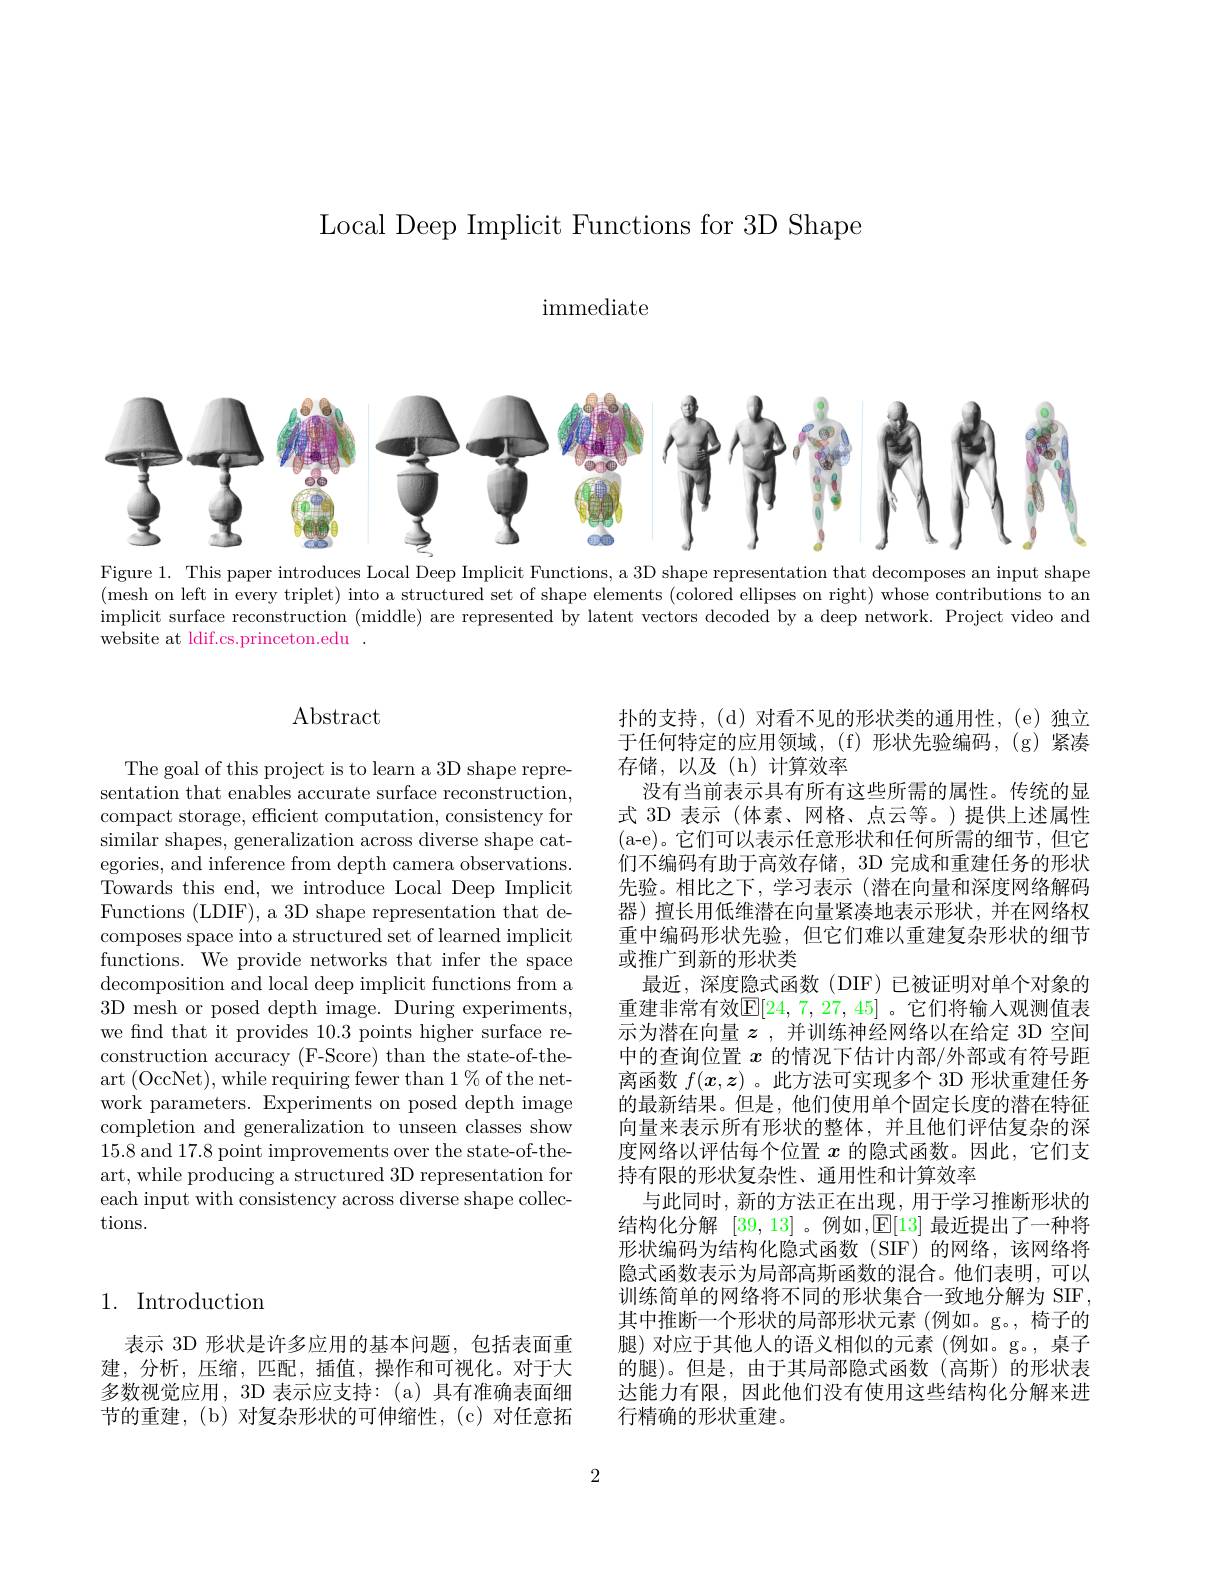
Local Deep Implicit Functions for 3D Shape

${\mathrm{immediate}}$

<FigureHere>

Figure 1. This paper introduces Local Deep Implicit Functions, a 3D shape representation that decomposes an input shape (mesh on left in every triplet) into a structured set of shape elements (colored ellipses on right) whose contributions to an implicit surface reconstruction ( middle) are represented by latent vectors decoded by a deep network. Project video and website at ldif.cs.princeton.edu

# $\operatorname{Abstract}$

The goal of this project is to learn a 3D shape representation that enables accurate surface reconstruction, compact storage, efficient computation, consistency for similar shapes, generalization across diverse shape categories, and inference from depth camera observations. Towards this end, we introduce Local Deep Implicit Functions (LDIF), a 3D shape representation that decomposes space into a structured set of learned implicit functions. We provide networks that infer the space decomposition and local deep implicit functions from a 3D mesh or posed depth image. During experiments, we find that it provides 10.3 points higher surface reconstruction accuracy (F-Score) than the state-of-theart (OccNet),while requiring fewer than $1\%$of the network parameters. Experiments on posed depth image completion and generalization to unseen classes show 15.8 and 17.8 point improvements over the state-of-theart, while producing a structured 3D representation for each input with consistency across diverse shape collections.

扑的支持，(d)对看不见的形状类的通用性，(e)独立于任何特定的应用领域，(f)形状先验编码，(g)紧凑存储，以及(h)计算效率
没有当前表示具有所有这些所需的属性。传统的显式 3D 表示 (体素、网格、点云等。)提供上述属性(a-e)。它们可以表示任意形状和任何所需的细节，但它们不编码有助于高效存储，3D 完成和重建任务的形状先验。相比之下，学习表示(潜在向量和深度网络解码器) 擅长用低维潜在向量紧凑地表示形状，并在网络权重中编码形状先验，但它们难以重建复杂形状的细节或推广到新的形状类
最近，深度隐式函数(DIF)已被证明对单个对象的重建非常有效$\mathbb{E}[24,7,27,45]$。它们将输入观测值表示为潜在向量$z$ ,并训练神经网络以在给定 3D 空间中的查询位置$x$的情况下估计内部/外部或有符号距离函数$f(x,z)$ 。此方法可实现多个 3D 形状重建任务的最新结果。但是，他们使用单个固定长度的潜在特征向量来表示所有形状的整体，并且他们评估复杂的深度网络以评估每个位置$x$的隐式函数。因此，它们支持有限的形状复杂性、通用性和计算效率
与此同时，新的方法正在出现，用于学习推断形状的结构化分解 [39,13] 。例如$,\mathbb{E}[13]$ 最近提出了一种将形状编码为结构化隐式函数(SIF)的网络，该网络将隐式函数表示为局部高斯函数的混合。他们表明，可以训练简单的网络将不同的形状集合一致地分解为 SIF , 其中推断一个形状的局部形状元素(例如。g。,椅子的腿)对应于其他人的语义相似的元素(例如。g。,桌子的腿)。但是，由于其局部隐式函数(高斯)的形状表达能力有限，因此他们没有使用这些结构化分解来进行精确的形状重建。

# 1. Introduction

表示 3D 形状是许多应用的基本问题，包括表面重建，分析，压缩，匹配，插值，操作和可视化。对于大多数视觉应用，3D 表示应支持：(a) 具有准确表面细节的重建，(b) 对复杂形状的可伸缩性，(c)对任意拓

2